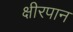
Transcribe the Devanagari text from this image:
क्षीरपान